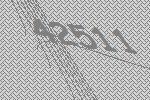
42511